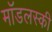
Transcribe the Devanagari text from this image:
मॉडलस्की